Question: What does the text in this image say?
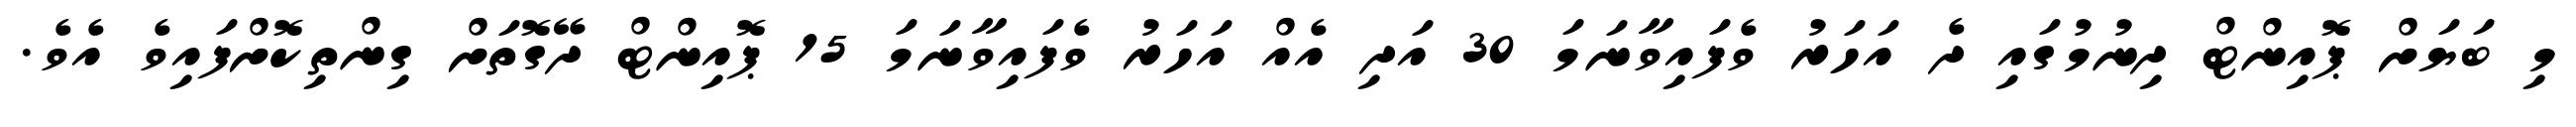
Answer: މި ބަޔަށް ޕޮއިންޓް ދިނުމުގައި ދެ އަހަރު ވެފައިވާނަމަ 30 އަދި އެއް އަހަރު ވެފައިވާނަމަ 15 ޕޮއިންޓް ދޭގޮތަށް ގިންތިކޮށްފައިވެ އެވެ.